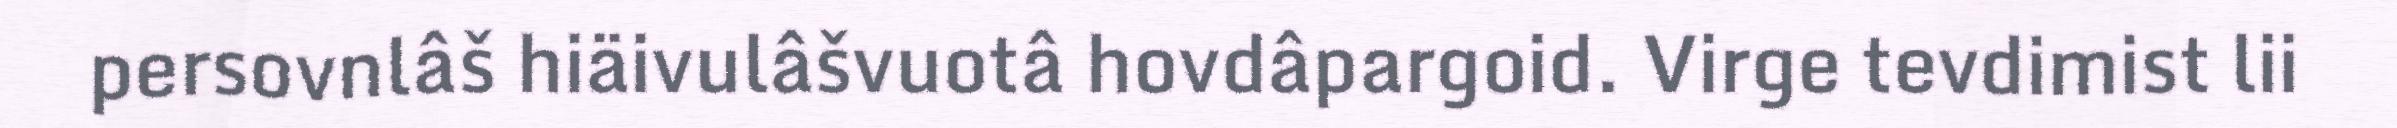
persovnlâš hiäivulâšvuotâ hovdâpargoid. Virge tevdimist lii